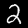
Digit: 2